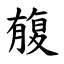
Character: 㬼